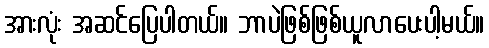
အားလုံး အဆင်ပြေပါတယ်။ ဘာပဲဖြစ်ဖြစ်ယူလာပေးပါ့မယ်။